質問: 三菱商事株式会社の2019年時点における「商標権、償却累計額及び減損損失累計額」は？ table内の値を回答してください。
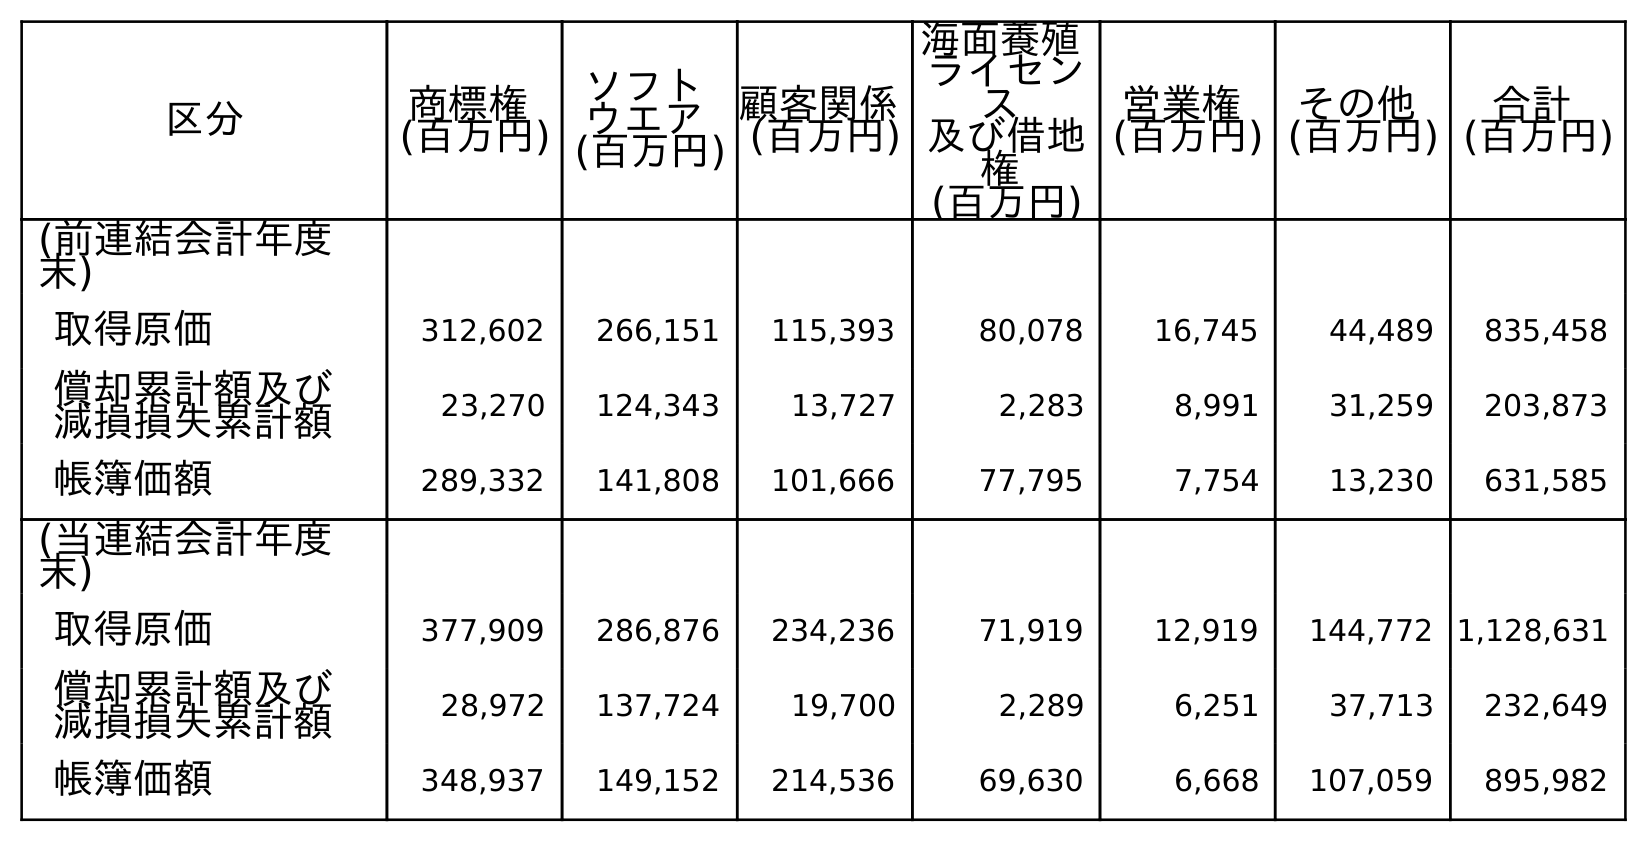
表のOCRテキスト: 区分 商標権 (百万円) ソフト ウエア (百万円) 顧客関係 (百万円) 海面養殖 ライセン ス 及び借地 権 (百万円) 営業権 (百万円) その他 (百万円) 合計 (百万円) (前連結会計年度 末) 取得原価 312,602 266,151 115,393 80,078 16,745 44,489 835,458 償却累計額及び 減損損失累計額 23,270 124,343 13,727 2,283 8,991 31,259 203,873 帳簿価額 289,332 141,808 101,666 77,795 7,754 13,230 631,585 (当連結会計年度 末) 取得原価 377,909 286,876 234,236 71,919 12,919 144,772 1,128,631 償却累計額及び 減損損失累計額 28,972 137,724 19,700 2,289 6,251 37,713 232,649 帳簿価額 348,937 149,152 214,536 69,630 6,668 107,059 895,982
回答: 23,270